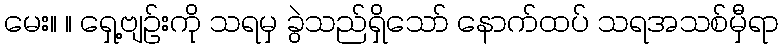
မေး။ ။ ရှေ့ဗျဉ်းကို သရမှ ခွဲသည်ရှိသော် နောက်ထပ် သရအသစ်မှီရာ